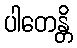
ပါတေန္တိ